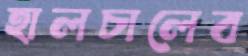
হালচালেব